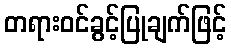
တရားဝင်ခွင့်ပြုချက်ဖြင့်